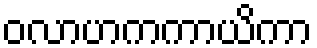
ဝလာဟကကာယိကာ